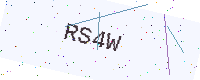
Text: RS4W